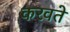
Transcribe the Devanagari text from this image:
करवते